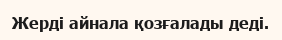
Жерді айнала қозғалады деді.